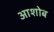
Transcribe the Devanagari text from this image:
आशोब